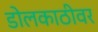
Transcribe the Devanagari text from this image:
डोलकाठीवर